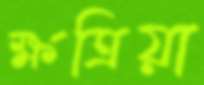
ক্ষত্রিয়া